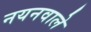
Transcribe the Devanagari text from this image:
नयनवाले